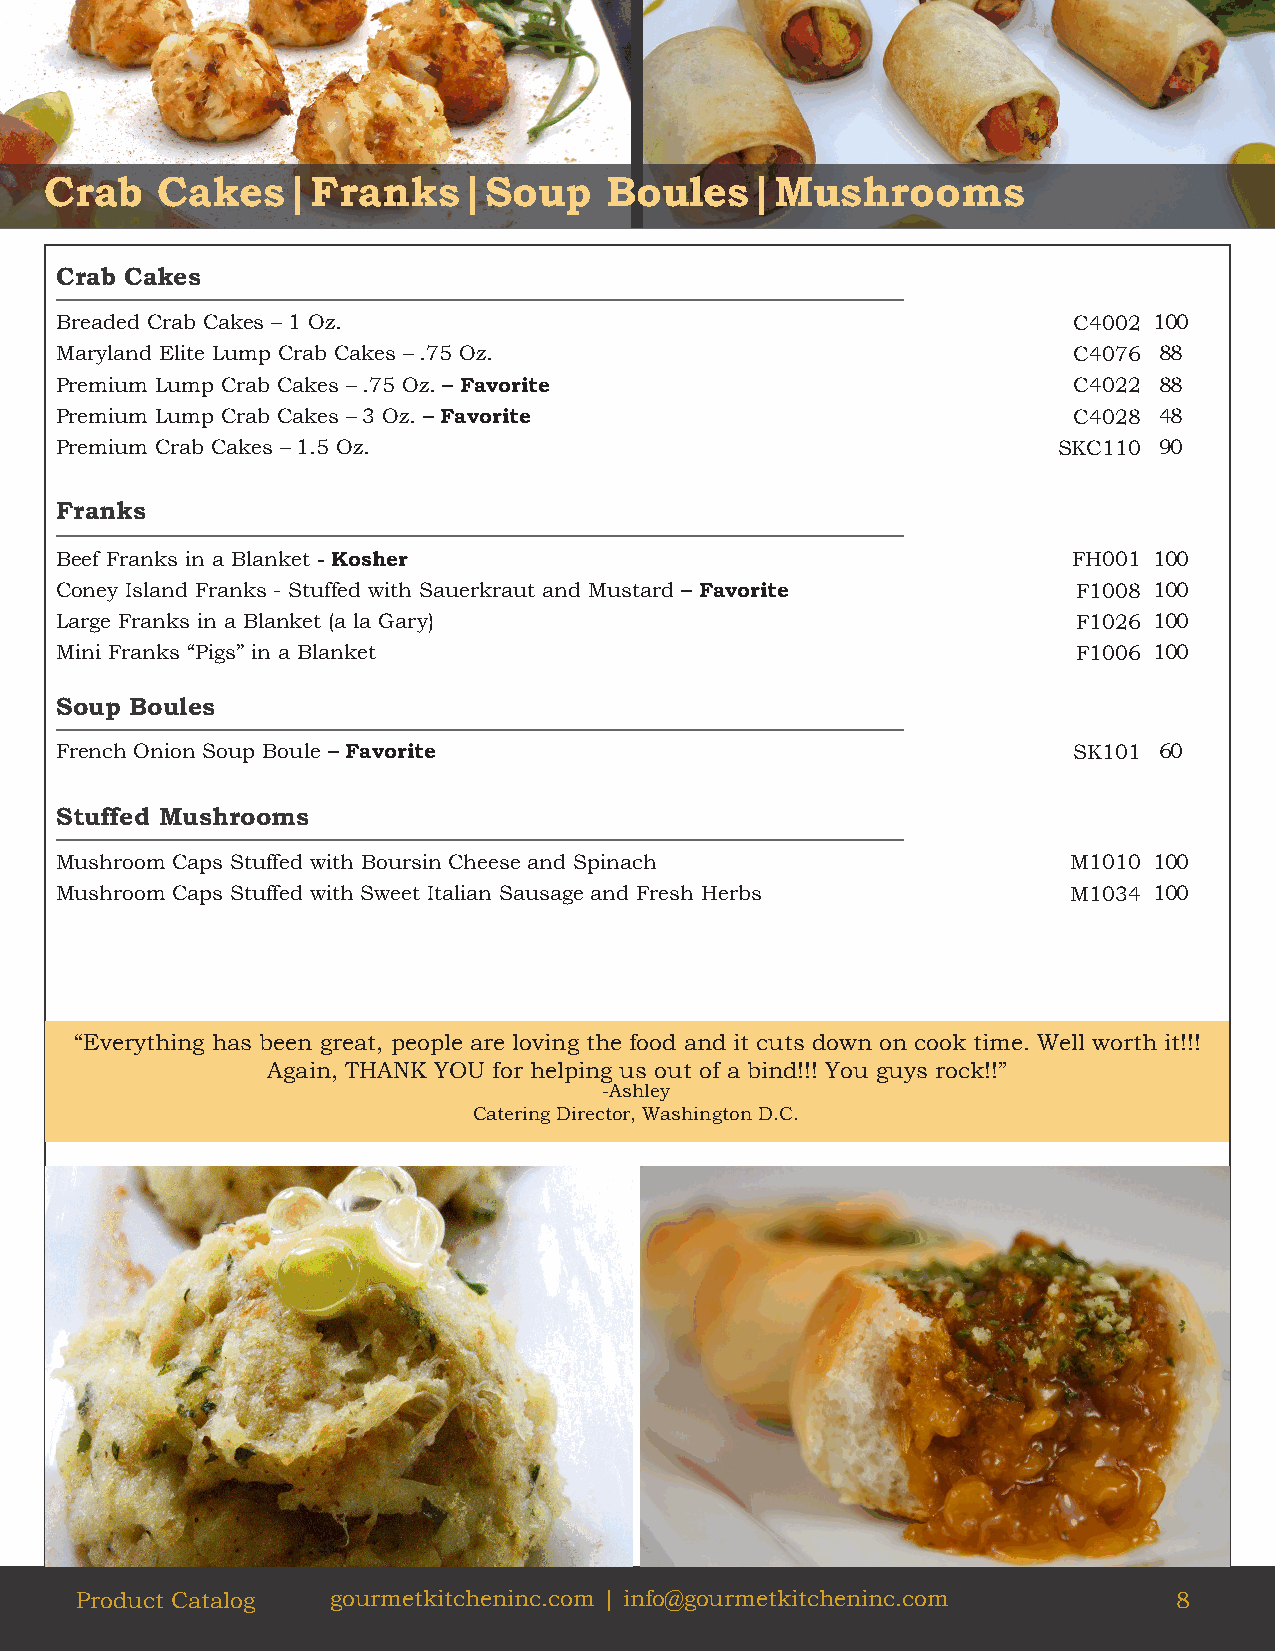
Crab   Cakes|Franks|Soup             Boules|Mushrooms
 Crab Cakes
 Breaded Crab Cakes – 1 Oz.                                         C4002 100
 Maryland Elite Lump Crab Cakes – .75 Oz.                           C4076 88
 Premium Lump Crab Cakes – .75 Oz. – Favorite                       C4022 88
 Premium Lump Crab Cakes – 3 Oz. – Favorite                         C4028 48
 Premium Crab Cakes – 1.5 Oz.                                      SKC110 90
 Franks
 Beef Franks in a Blanket - Kosher                                  FH001 100
 Coney Island Franks - Stuffed with Sauerkraut and Mustard – Favorite F1008 100
 Large Franks in a Blanket (a la Gary)                              F1026 100
 Mini Franks “Pigs” in a Blanket                                    F1006 100
 Soup Boules
 French Onion Soup Boule – Favorite                                 SK101 60
 Stuffed Mushrooms
 Mushroom Caps Stuffed with Boursin Cheese and Spinach              M1010 100
 Mushroom Caps Stuffed with Sweet Italian Sausage and Fresh Herbs   M1034 100
 “Everything has been great, people are loving the food and it cuts down on cook time. Well worth it!!!
 Again, THANK YOU for helping us out of a bind!!! You guys rock!!”
 -Ashley
 Catering Director, Washington D.C.
 Product Catalog  gourmetkitcheninc.com | info@gourmetkitcheninc.com      8